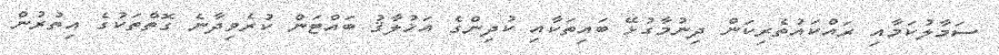
ސަމާލުކަމާއި ރައްކައުތެރިކަން ދިނުމާގުޅޭ ބައިތަކާއި ކުދިންގެ އަޚުލާޤު ބައްޓަން ކުރެވިދާނެ ގޮތްތަކުގެ އިތުރުން